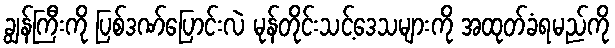
ချွန်ကြီးကို ပြစ်ဒဏ်ပြောင်းလဲ မုန်တိုင်းသင့်ဒေသများကို အထုတ်ခံရမည်ကို